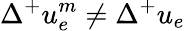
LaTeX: \Delta^{+}u_{e}^{m}\ne\Delta^{+}u_{e}